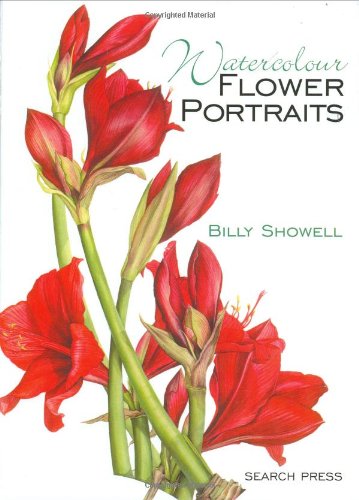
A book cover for Watercolour Flower Portraits; Billy Showell; Arts & Photography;